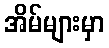
အိမ်များမှာ